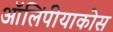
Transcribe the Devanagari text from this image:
ऑलिंपीयाकोस